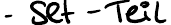
- Set-Teil